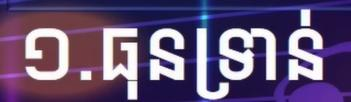
១.ធុនទ្រាន់